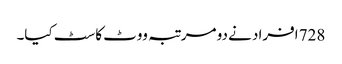
728 افراد نے دو مرتبہ ووٹ کاسٹ کیا۔